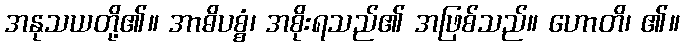
အနုသယတို့၏။ အာဓိပစ္စံ၊ အစိုးရသည်၏ အဖြစ်သည်။ ဟောတိ၊ ၏။